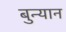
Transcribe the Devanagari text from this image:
बुन्यान